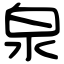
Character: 泉